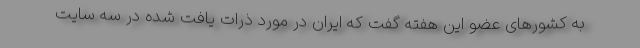
به کشورهای عضو این هفته گفت که ایران در مورد ذرات یافت شده در سه سایت